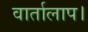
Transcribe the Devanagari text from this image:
वार्तालाप।